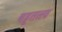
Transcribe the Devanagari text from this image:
बहुतत्त्व